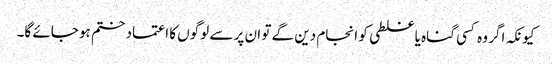
کیونکہ اگر وہ کسی گناہ یا غلطی کو انجام دین گے تو ان پر سے لوگوں کا اعتماد ختم ہو جائے گا۔